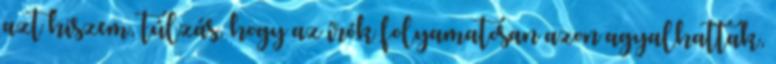
azt hiszem, túlzás, hogy az írók folyamatosan azon agyalhattak,